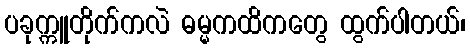
ပခုက္ကူတိုက်ကလဲ ဓမ္မကထိကတွေ ထွက်ပါတယ်၊